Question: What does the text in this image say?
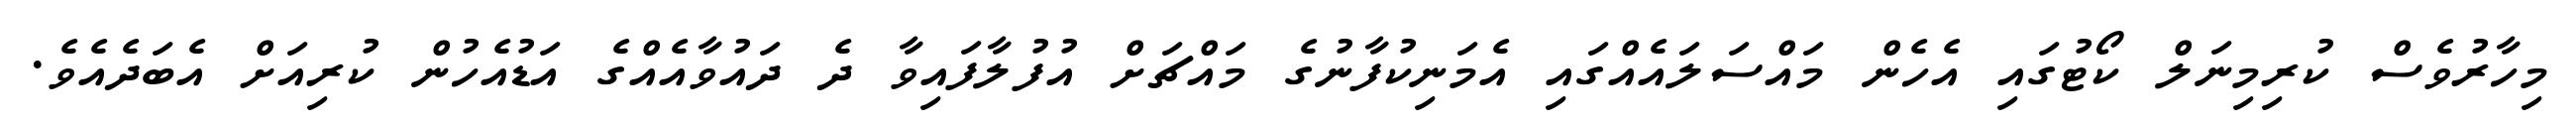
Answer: މިހާރުވެސް ކުރިމިނަލް ކޯޓުގައި އެހެން މައްސަލައެއްގައި އެމަނިކުފާނުގެ މައްޗަށް އުފުލާފައިވާ ދެ ދައުވާއެއްގެ އަޑުއެހުން ކުރިއަށް އެބަދެއެވެ.